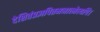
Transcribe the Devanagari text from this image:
देशितंप्रज्ञपितमनात्मेत्यपि।